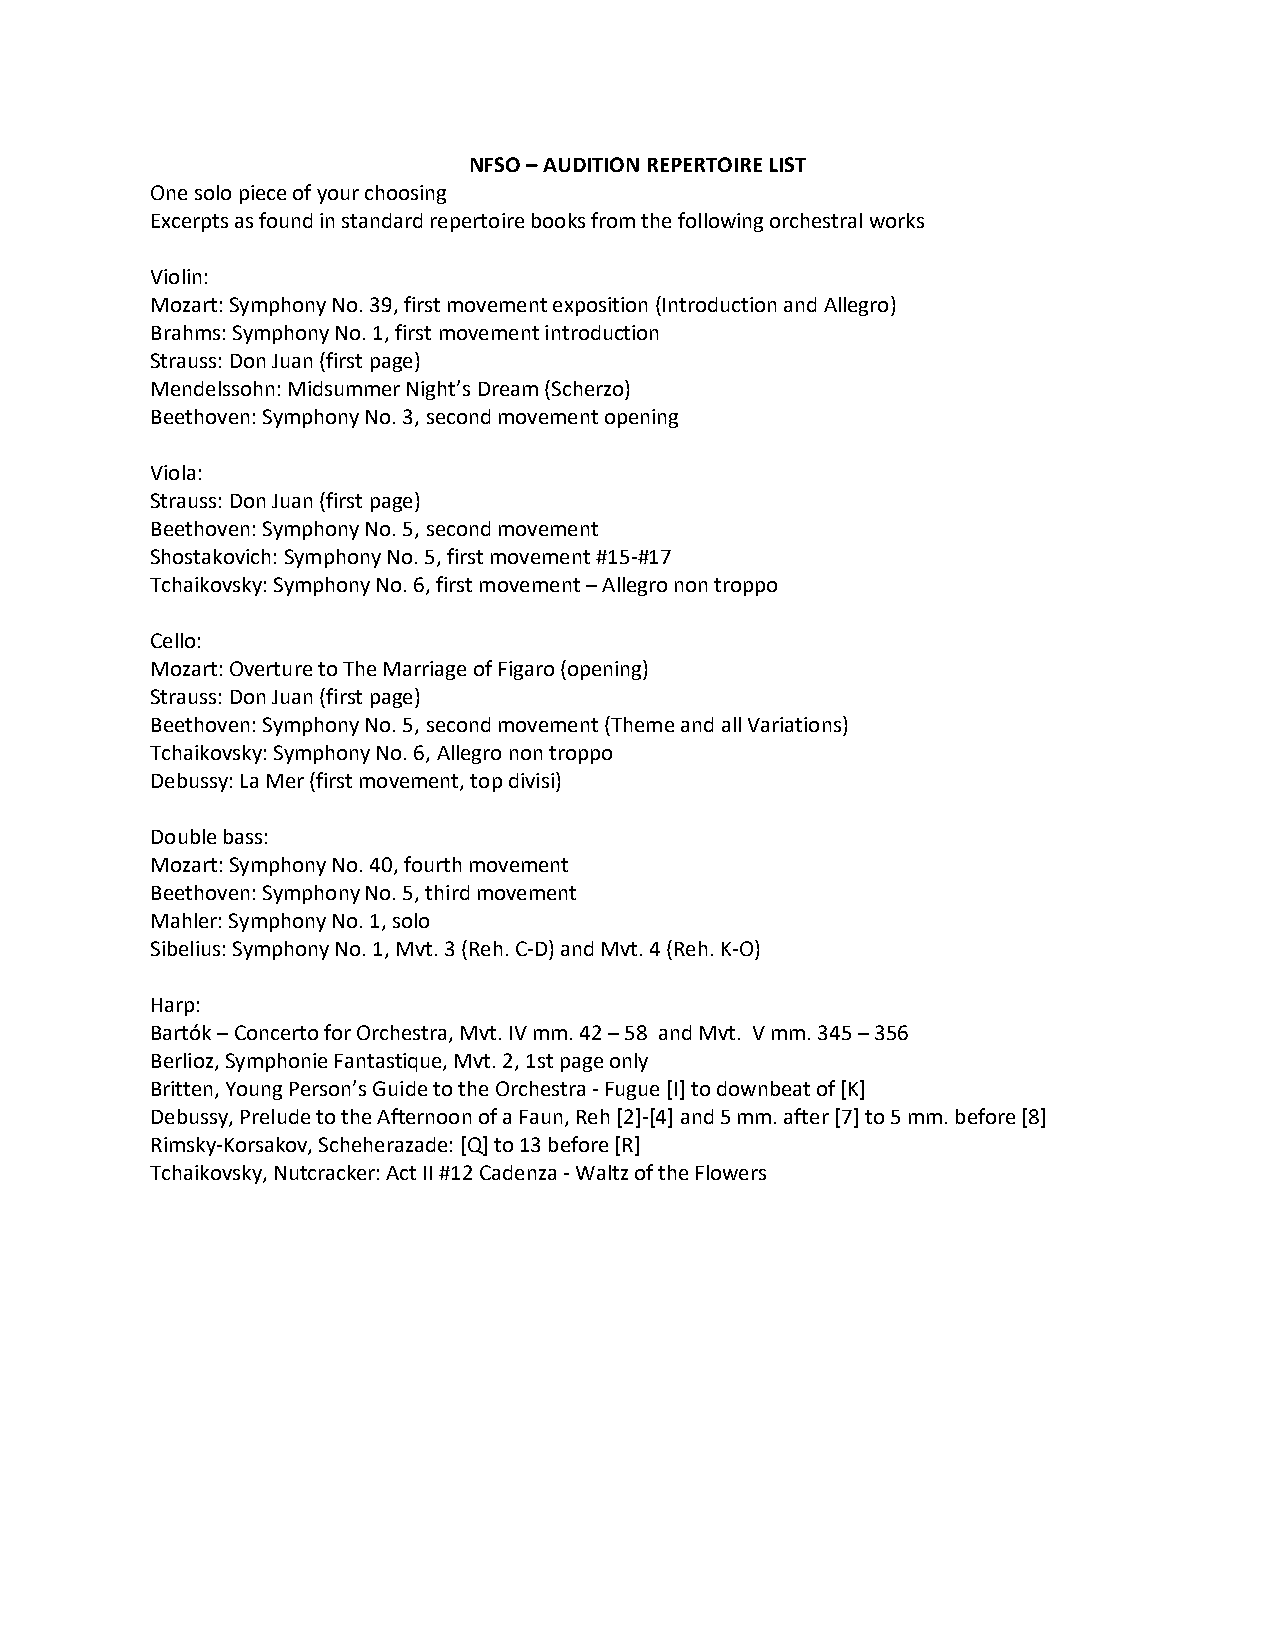
NFSO – AUDITION REPERTOIRE LIST
 One solo piece of your choosing
 Excerpts as found in standard repertoire books from the following orchestral works
 Violin:
 Mozart: Symphony No. 39, first movement exposition (Introduction and Allegro)
 Brahms: Symphony No. 1, first movement introduction
 Strauss: Don Juan (first page)
 Mendelssohn: Midsummer Night’s Dream (Scherzo)
 Beethoven: Symphony No. 3, second movement opening
 Viola:
 Strauss: Don Juan (first page)
 Beethoven: Symphony No. 5, second movement
 Shostakovich: Symphony No. 5, first movement #15-#17
 Tchaikovsky: Symphony No. 6, first movement – Allegro non troppo
 Cello:
 Mozart: Overture to The Marriage of Figaro (opening)
 Strauss: Don Juan (first page)
 Beethoven: Symphony No. 5, second movement (Theme and all Variations)
 Tchaikovsky: Symphony No. 6, Allegro non troppo
 Debussy: La Mer (first movement, top divisi)
 Double bass:
 Mozart: Symphony No. 40, fourth movement
 Beethoven: Symphony No. 5, third movement
 Mahler: Symphony No. 1, solo
 Sibelius: Symphony No. 1, Mvt. 3 (Reh. C-D) and Mvt. 4 (Reh. K-O)
 Harp:
 Bartók – Concerto for Orchestra, Mvt. IV mm. 42 – 58 and Mvt. V mm. 345 – 356
 Berlioz, Symphonie Fantastique, Mvt. 2, 1st page only
 Britten, Young Person’s Guide to the Orchestra - Fugue [I] to downbeat of [K]
 Debussy, Prelude to the Afternoon of a Faun, Reh [2]-[4] and 5 mm. after [7] to 5 mm. before [8]
 Rimsky-Korsakov, Scheherazade: [Q] to 13 before [R]
 Tchaikovsky, Nutcracker: Act II #12 Cadenza - Waltz of the Flowers